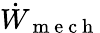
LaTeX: \dot{W}_{\mathrm{~m~e~c~h~}}